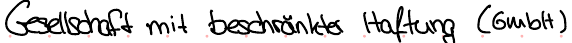
Gesellschaft mit beschränkter Haftung (GmbH)